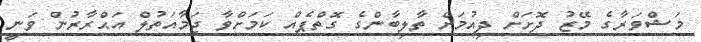
މަޝްވަރާގެ މޭޒު ދޮށަށް ދިއުމަށް ތާލިބާންގެ ގޮތްޕެއް ކަމަށްވާ ޖަމާއަތުލް އަޙްރާރުން ވަނީ